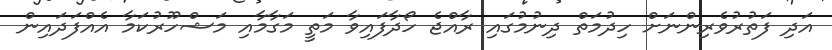
އަދި ފަތުރުވެރިންނަށް ހިދުމަތް ދިނުމުގައި ރާއްޖެ ހޯދާފައިވާ މަތީ މަގާމާއި މަޝްހޫރުކަމާ އެއްފަދައިން